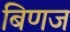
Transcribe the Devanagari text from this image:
बिणज